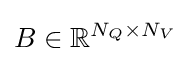
B\in \mathbb {R} ^{N_{Q}\times N_{V}}